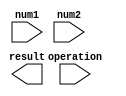
module half_precision_float_unit (
    input wire [15:0] num1,
    input wire [15:0] num2,
    input wire [1:0] operation,
    output wire [15:0] result
);

// Adder, multiplier, divider, square root calculator modules

// Error checking mechanism modules

// Control logic module

endmodule